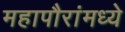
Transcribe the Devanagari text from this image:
महापौरांमध्ये